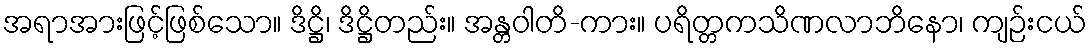
အရာအားဖြင့်ဖြစ်သော။ ဒိဋ္ဌိ၊ ဒိဋ္ဌိတည်း။ အန္တဝါတိ-ကား။ ပရိတ္တကသိဏလာဘိနော၊ ကျဉ်းငယ်